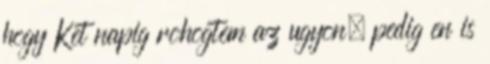
hogy Ket napig rohogtem az ugyon, pedig en is